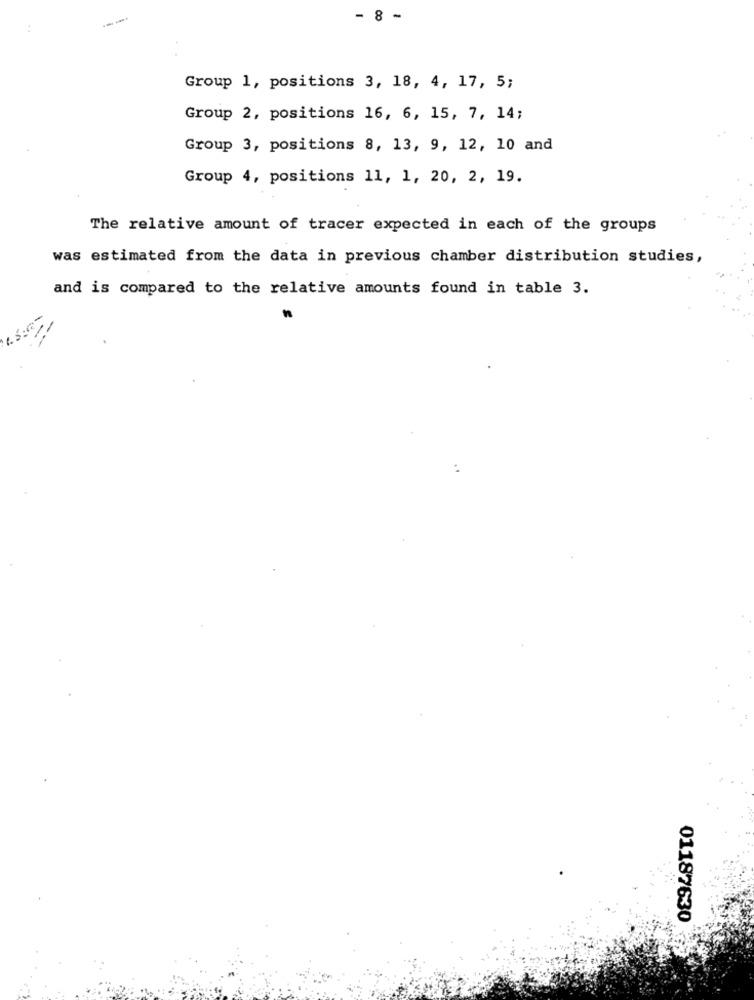
----
- 8 -
Group 1, positions 3, 18, 4, 17, 5;
Group 2, positions 16, 6, 15, 7, 14;
Group 3, positions 8, 13, 9, 12, 10 and
Group 4, positions 11, 1, 20, 2, 19.
The relative amount of tracer expected in each of the groups
was estimated from the data in previous chamber distribution studies,
and is compared to the relative amounts found in table 3.
01187630